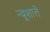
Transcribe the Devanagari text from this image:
न्यूशाते